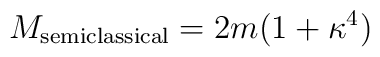
M_{\rm semiclassical} = 2m(1 + \kappa^4 )